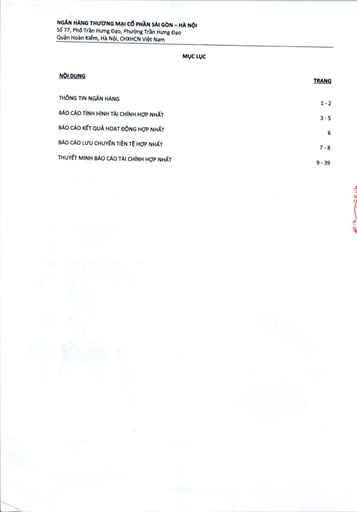
|NỘI DUNG|TRANG| |---|---| |THÔNG TIN NGÂN HÀNG|1-2| |BÁO CÁO TÌNH HÌNH TÀI CHÍNH HỢP NHẤT|3-5| |BÁO CÁO KẾT QUẢ HOẠT ĐỘNG HỢP NHẤT|6| |BÁO CÁO LƯU CHUYỂN TIỀN TỆ HỢP NHẤT|7-8| |THUYẾT MINH BÁO CÁO TÀI CHÍNH HỢP NHẤT|9-39|